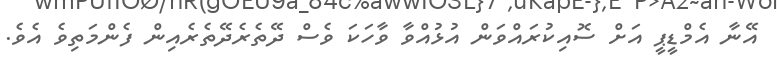
އޭނާ އެމްޑީޕީ އަށް ސޮއިކުރައްވަން އުޅުއްވާ ވާހަކަ ވެސް ދޭތެރެދޭތެރެއިން ފެންމަތިވެ އެވެ.